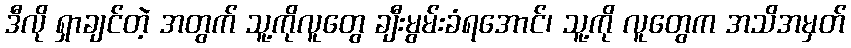
ဒီလို ရှာချင်တဲ့ အတွက် သူ့ကိုလူတွေ ချီးမွမ်းခံရအောင်၊ သူ့ကို လူတွေက အသိအမှတ်